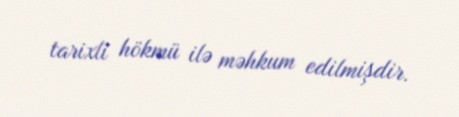
tarixli hökmü ilə məhkum edilmişdir.